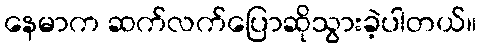
နေမာက ဆက်လက်ပြောဆိုသွားခဲ့ပါတယ်။